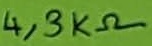
Text: 4,3KΩ